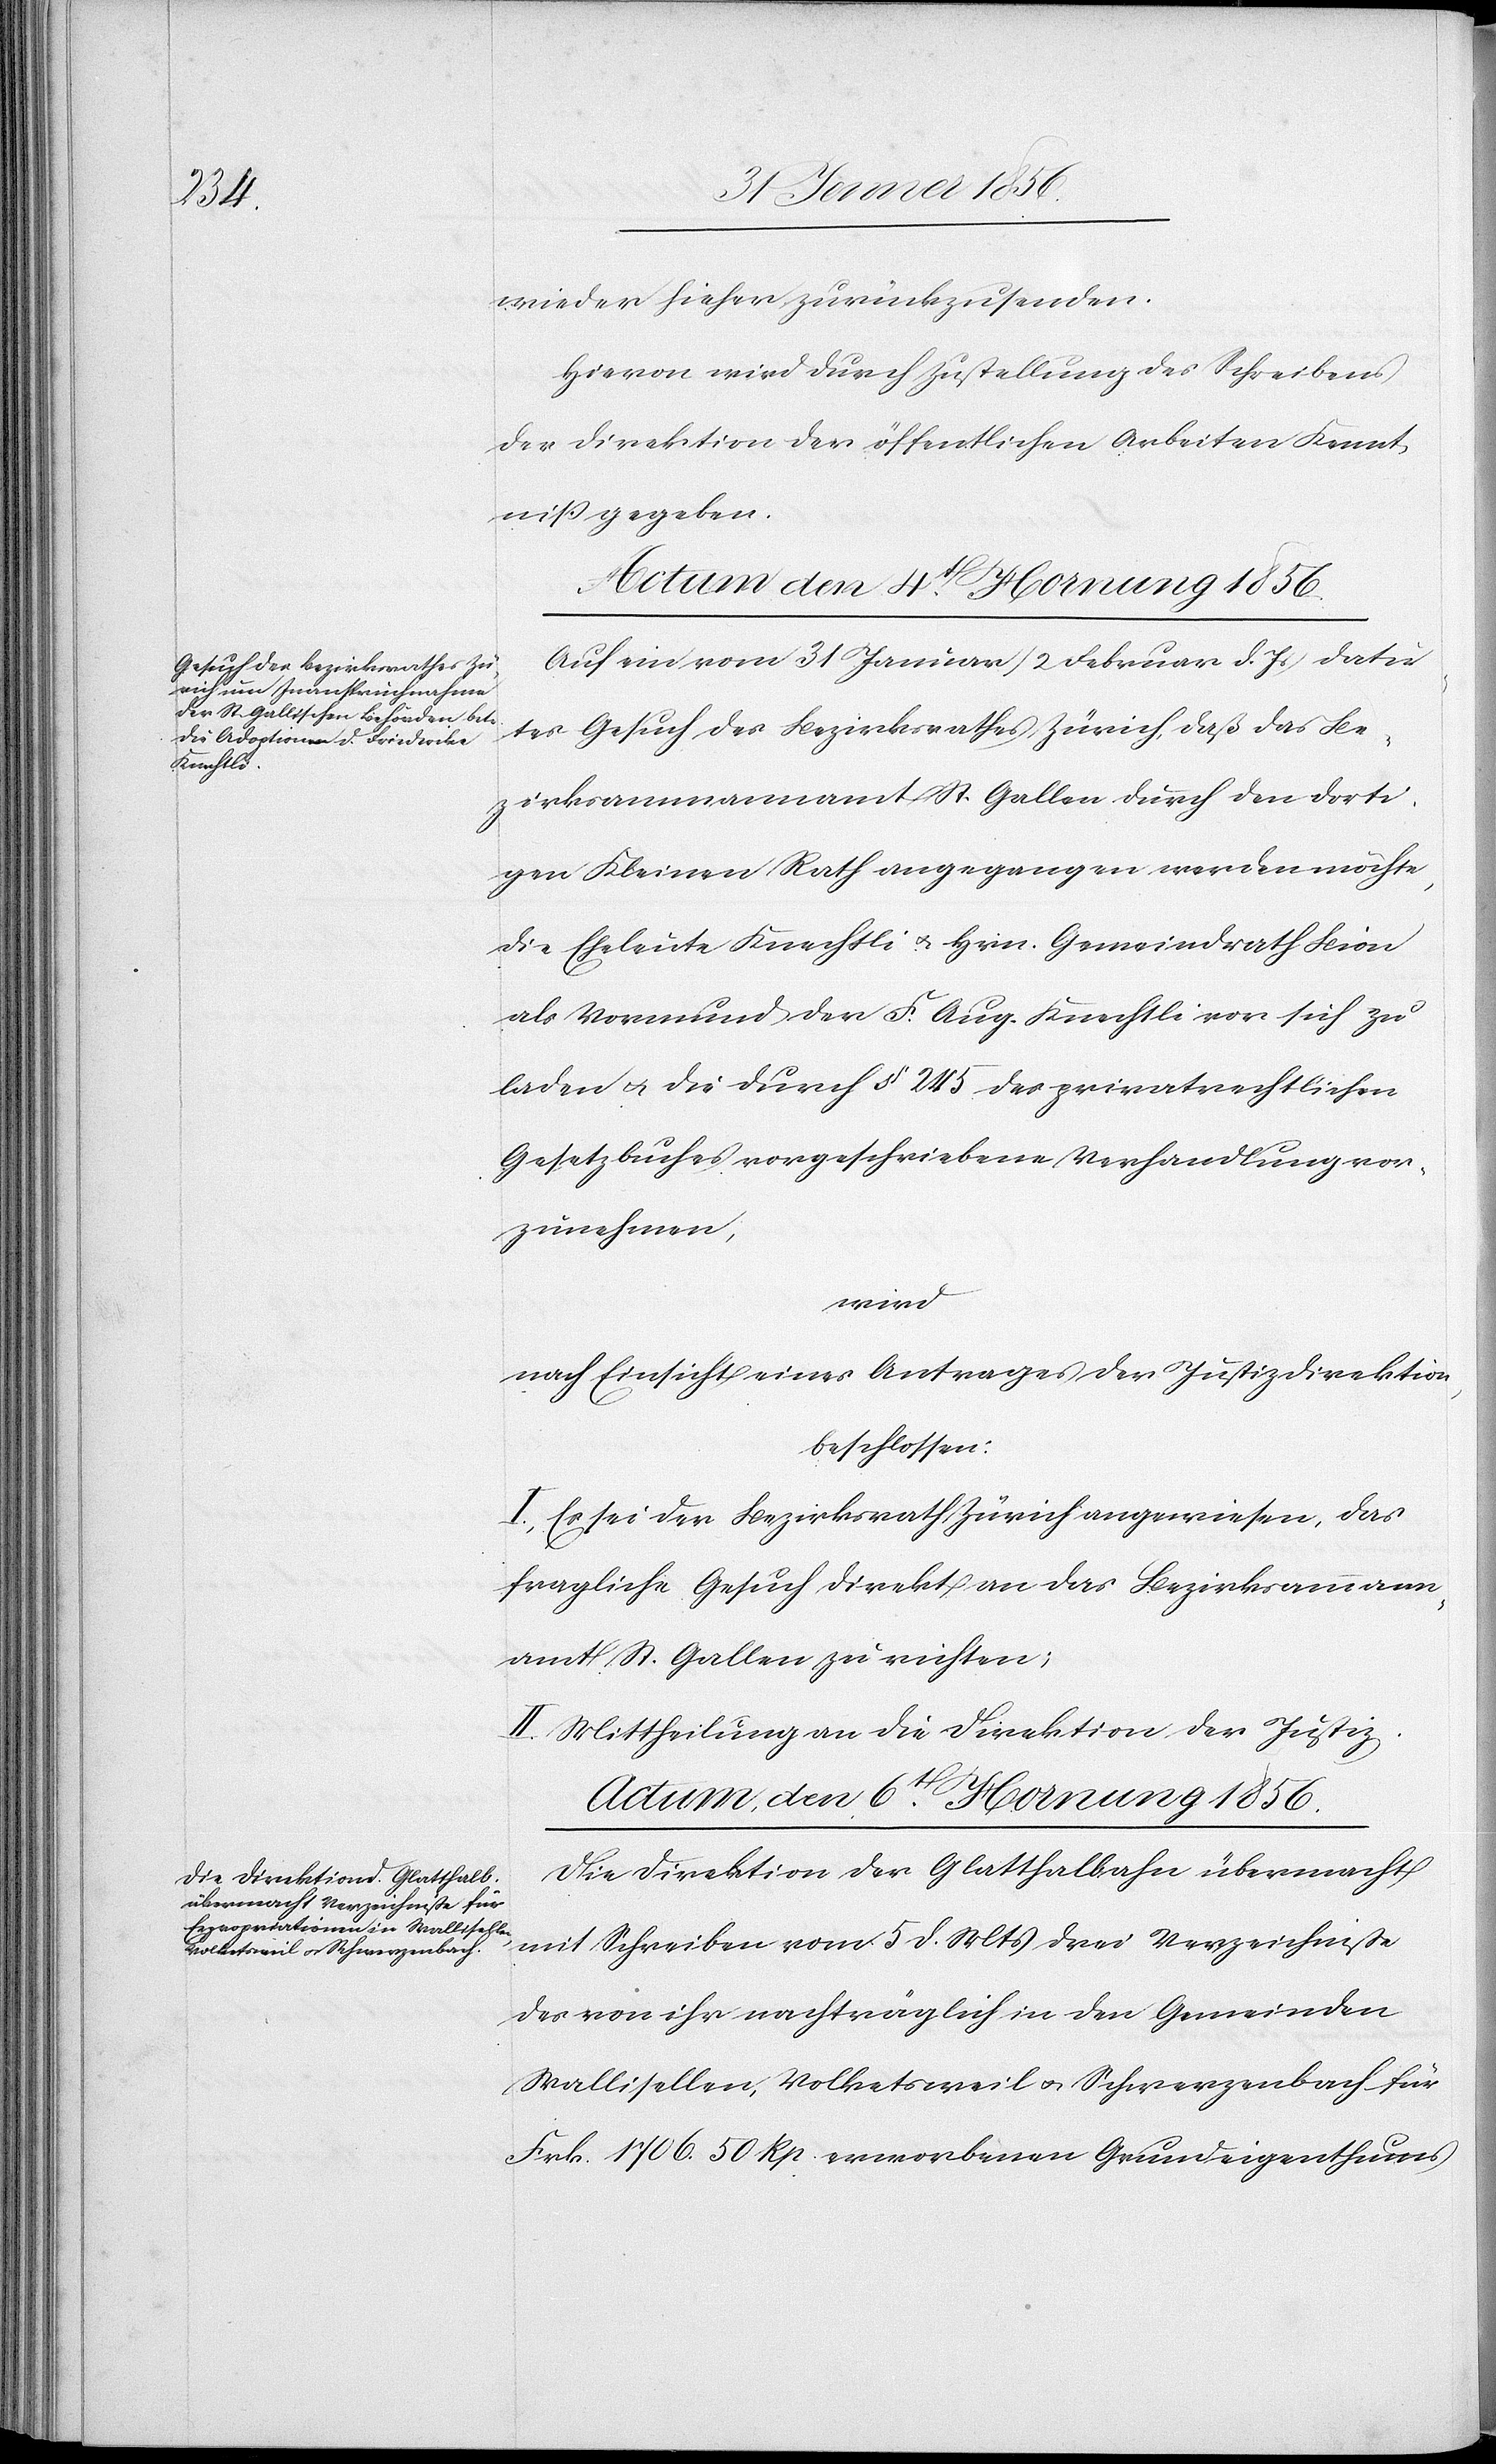
wieder hieher zurückzusenden.
Hievon wird durch Zustellung des Schreibens
der Direktion der öffentlichen Arbeiten Kennt¬
niß gegeben.
Auf ein vom 31 Januar (2 Februar d. Js.) datir¬
tes Gesuch des Bezirksrathes Zürich, daß das Be¬
zirksammannamt St. Gallen durch den dorti¬
gen Kleinen Rath angegangen werden möchte,
die Eheleute Knechtli u. Hrn. Gemeindrath Bion
als Vormund der F. Aug. Knechtli vor sich zu
laden u. die durch § 245 des privatrechtlichen
Gesetzbuches vorgeschriebene Verhandlung vor¬
zunehmen,
wird
nach Einsicht eines Antrages der Justizdirektion,
beschlossen:
I. Es sei der Bezirksrath Zürich angewiesen, das
fragliche Gesuch direkt an das Bezirksammann¬
amt St. Gallen zu richten;
II. Mittheilung an die Direktion der Justiz.
Actum, den 6t Hornung 1856.
Die Direktion der Glatthalbahn übermacht
mit Schreiben vom 5 d. Mts drei Verzeichniße
des von ihr nachträglich in den Gemeinden
Wallisellen, Volketsweil u. Schwerzenbach für
Frk. 1706. 50 Rp. erworbenen Grundeigenthums